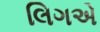
લિગએ